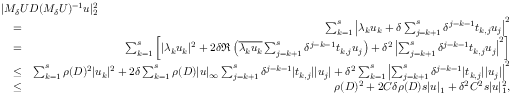
\begin{array} { r l r } { \lefteqn { | M _ { \delta } U D ( M _ { \delta } U ) ^ { - 1 } u | _ { 2 } ^ { 2 } } } \\ & { = } & { \sum _ { k = 1 } ^ { s } \left| \lambda _ { k } u _ { k } + \delta \sum _ { j = k + 1 } ^ { s } \delta ^ { j - k - 1 } t _ { k , j } u _ { j } \right| ^ { 2 } } \\ & { = } & { \sum _ { k = 1 } ^ { s } \left[ | \lambda _ { k } u _ { k } | ^ { 2 } + 2 \delta \Re \left( \overline { { \lambda _ { k } u _ { k } } } \sum _ { j = k + 1 } ^ { s } \delta ^ { j - k - 1 } t _ { k , j } u _ { j } \right) + \delta ^ { 2 } \left| \sum _ { j = k + 1 } ^ { s } \delta ^ { j - k - 1 } t _ { k , j } u _ { j } \right| ^ { 2 } \right] } \\ & { \leq } & { \sum _ { k = 1 } ^ { s } \rho ( D ) ^ { 2 } | u _ { k } | ^ { 2 } + 2 \delta \sum _ { k = 1 } ^ { s } \rho ( D ) | u | _ { \infty } \sum _ { j = k + 1 } ^ { s } \delta ^ { j - k - 1 } | t _ { k , j } | | u _ { j } | + \delta ^ { 2 } \sum _ { k = 1 } ^ { s } \left| \sum _ { j = k + 1 } ^ { s } \delta ^ { j - k - 1 } | t _ { k , j } | | u _ { j } | \right| ^ { 2 } } \\ & { \leq } & { \rho ( D ) ^ { 2 } + 2 C \delta \rho ( D ) s | u | _ { 1 } + \delta ^ { 2 } C ^ { 2 } s | u | _ { 1 } ^ { 2 } , } \end{array}